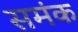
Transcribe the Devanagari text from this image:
समंक